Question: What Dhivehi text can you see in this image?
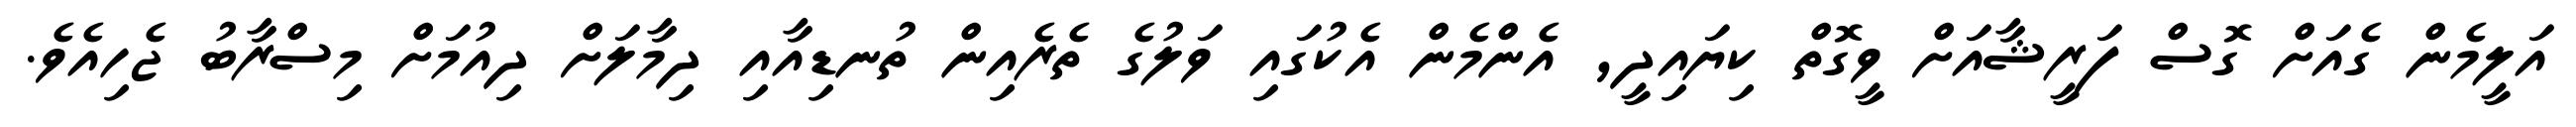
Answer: އަލީމެން ގެއަށް ގޮސް ފަރީޝާއަށް ވީގޮތް ކިޔައިދީ, އެންމެން އެކުގައި ވަލުގެ ތެރެއިން ތުނޑިއާއި ދިމާލަށް ދިއުމަށް މިސްރާބު ޖެހިއެވެ.